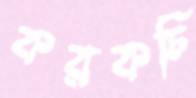
করকচি